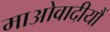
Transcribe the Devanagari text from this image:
माओवादीयौं